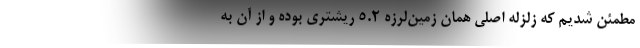
مطمئن شدیم که زلزله اصلی همان زمین‌لرزه 5.2 ریشتری بوده و از آن به